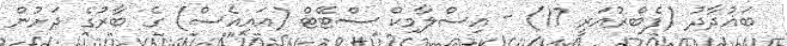
ބަޣުދާދު (ފެބްރުއަރީ 17) - އިސްލާމިކް ސްޓޭޓް (އައިއެސް) ގެ ބާރުގެ ދަށުން